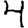
Digit: 4